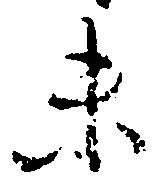
末